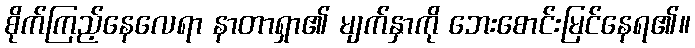
စိုက်ကြည့်နေလေရာ နာတာရှာ၏ မျက်နှာကို ဘေးစောင်းမြင်နေရ၏။